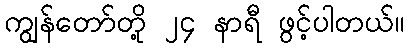
ကျွန်တော်တို့ ၂၄ နာရီ ဖွင့်ပါတယ်။